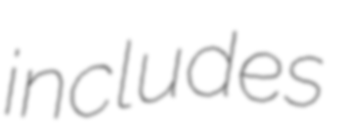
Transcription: includes